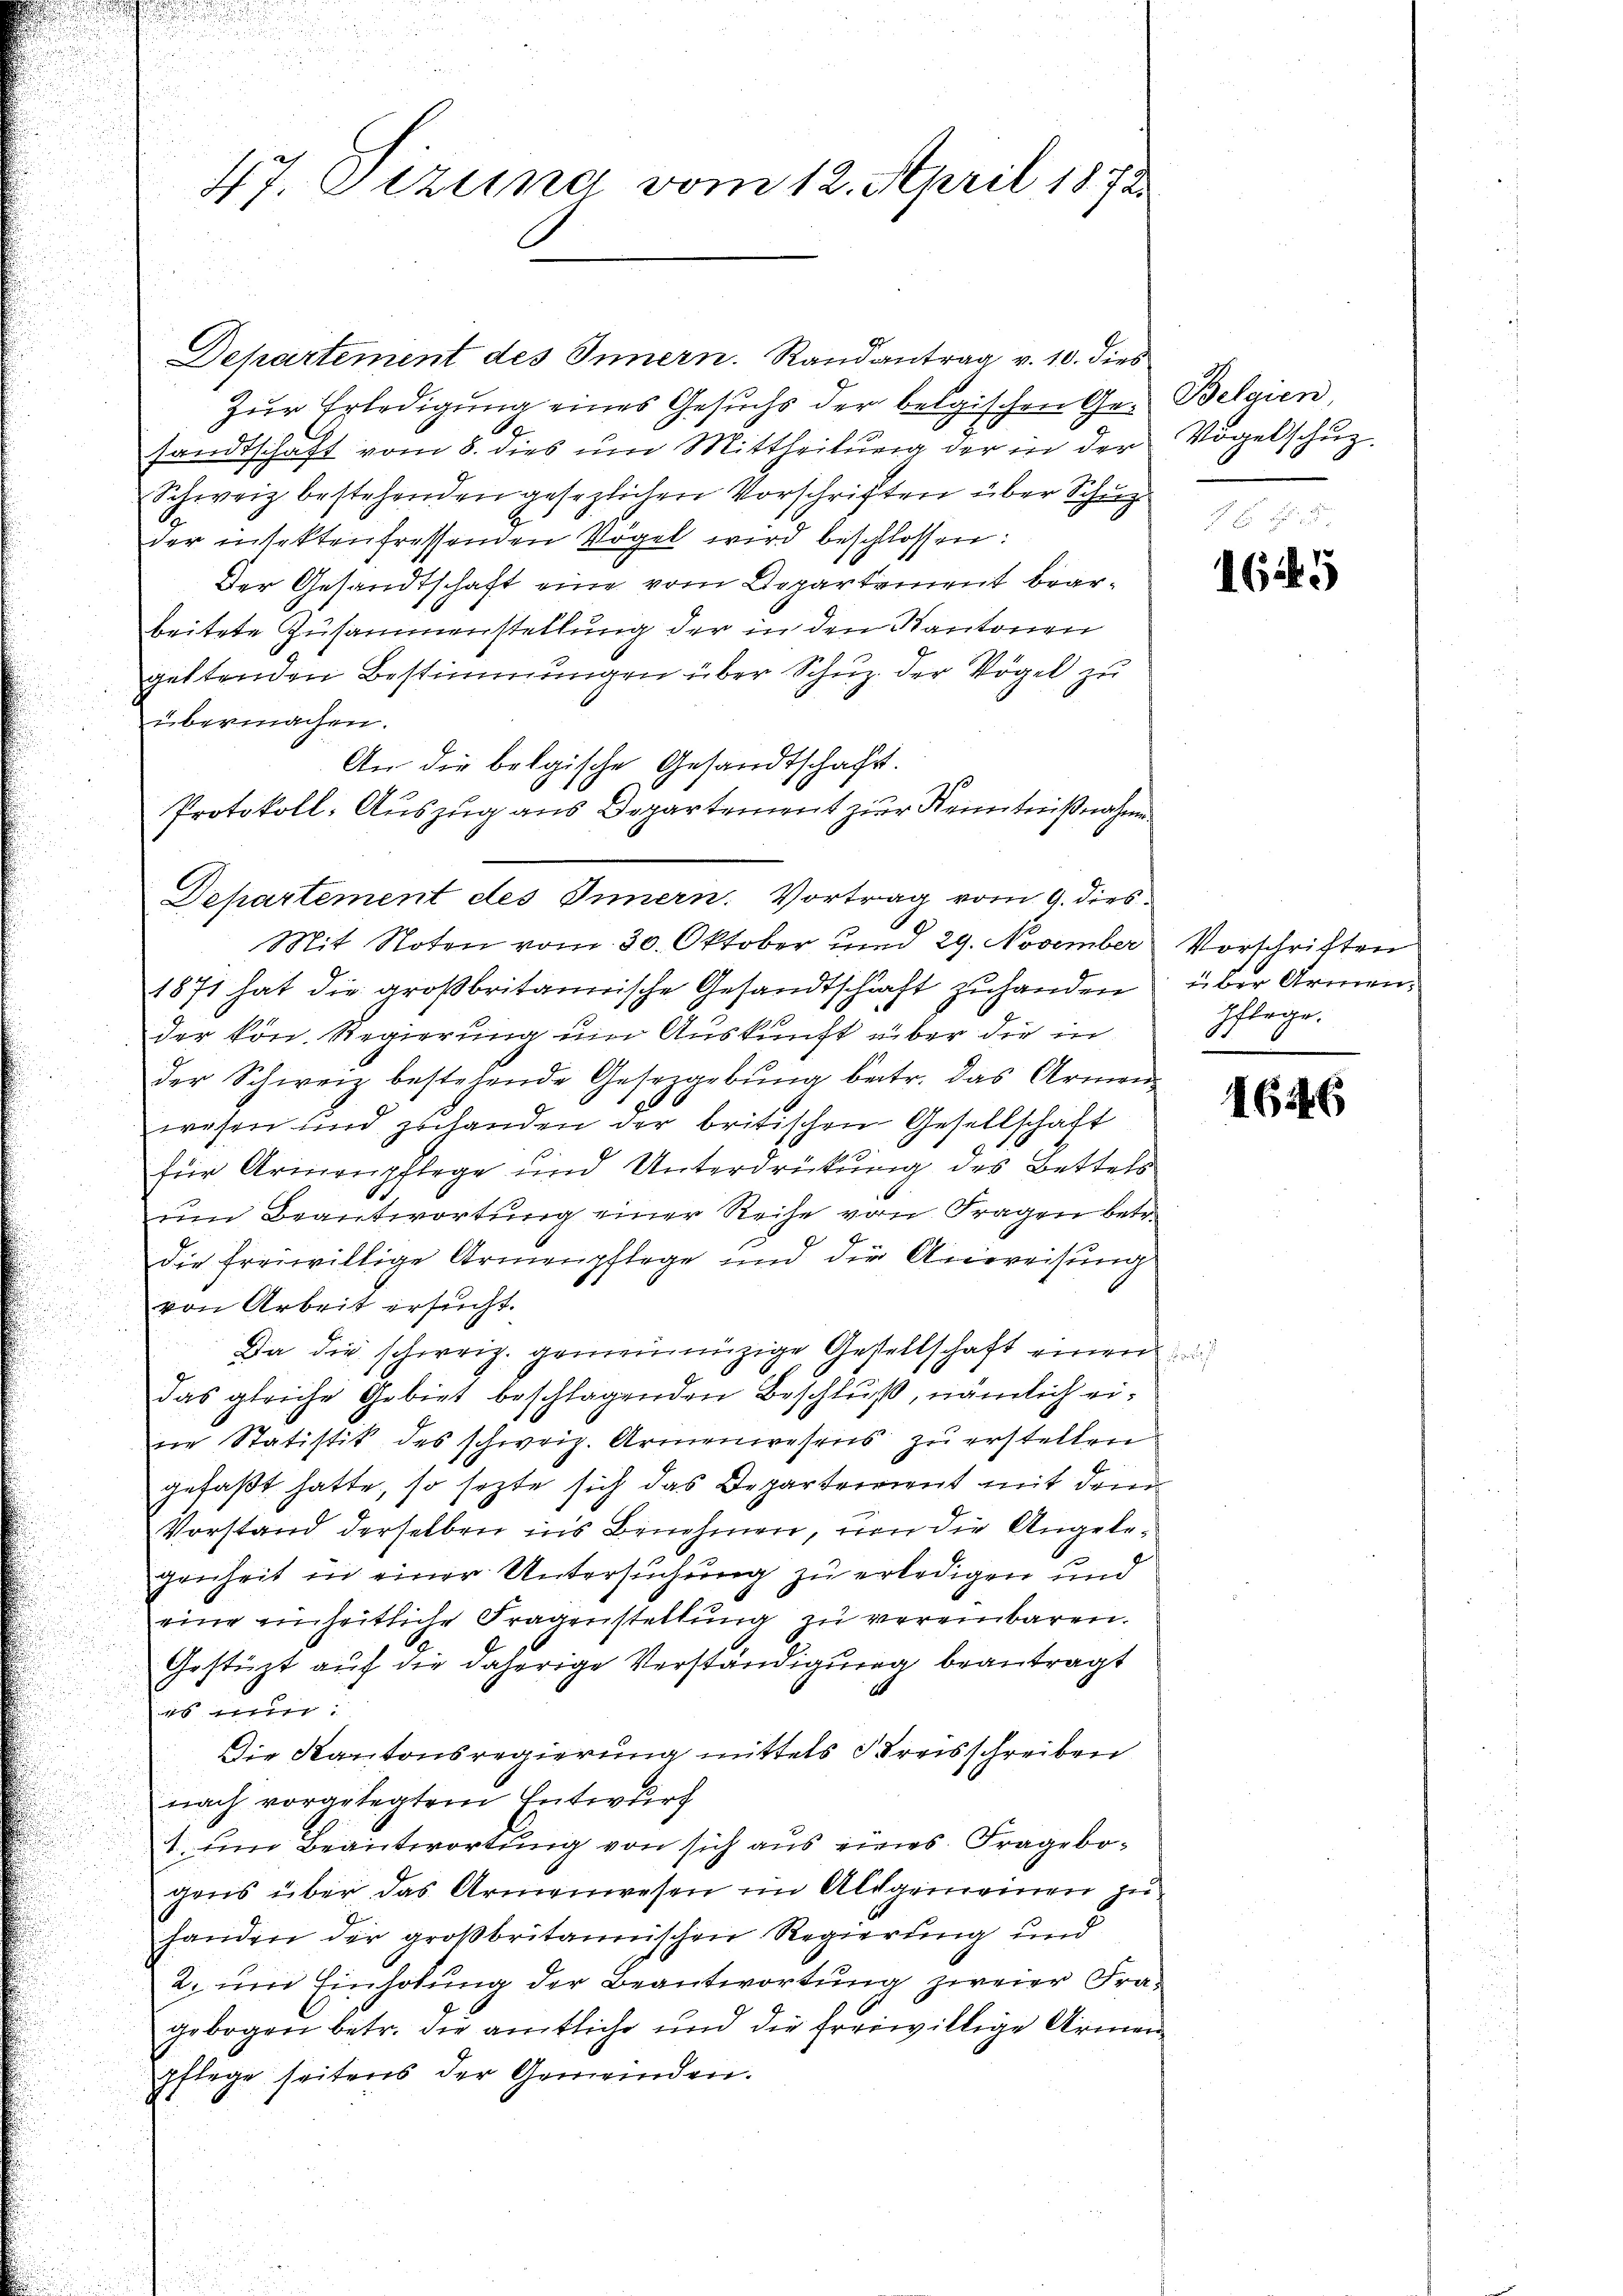
u

Departement des Innern. Randantrag v. 10. dies
Zur Erledigung eines Gesuchs der belgischen Ge- Belgien,
sandtschaft vom 8. dies um Mittheilŭng der in der Vogelschŭz-
Schweiz bestehenden gesezlichen Vorschriften über Schup¬
2
der insektenfressenden Vögel wird beschlossen:
Der Gesandtschaft eine vom Departement bearbeitete Zusammenstellung der in den Kantonen
geltenden Bestimmungen über Schuz der Vögel zu
übermachen.
An die belgische Gesandtschaft.
Protokoll- Auszug aus Departement zur Kenntnißnahme
Mit Noten vom 30. Oktober und 29. November Vorschriften
1871 hat die großbritannische Gesandtschaft zuhanden über Armender kön. Regierung um Auskunft über die in
der Schweiz bestehende Gesetzgebŭng betr. das Armen
wesen und zuhanden der britischen Gesellschaft
für Armenpflege und Unterdrückung des Bettels
um Beantwortung einer Reihe von Fragen betr.
F
die freiwillige Armenpflege und die Anweisung
von Arbeit ersucht.
Da die schweiz. gemeinnüzige Gesellschaft einen
das gleiche Gebiet beschlagenden Beschluß, nämlich eine Statistik des schweiz. Armenwesens zu erstellen
gefaßt hatte, so sezte sich das Departement mit dem
Vorstand derselben ins Benehmen, um die Angelegenheit in einer Untersuchung zu erledigen und
eine einheitliche Fragenstellung zu vereinbaren.
Gestüzt auf die daherige Verständigung beantragt
es mi
Die Kantonsregierung mittels dreisschreiben
nach vorgelegtem Entwurf
1. um Beantwortung von sich aus eines Fragebogens über das Armenwesen im Altgemeinen zuhanden der großbritannischen Regierung und
2. um Einholung der Beantwortung zweier Fragebogen betr. die amtliche und die freiwillige Armenpflege seitens der Gemeinden.

47. Tizina vom 12. April 1872

Departement des Innern. Vortrag vom 9. dies

1645

pflege.

1646